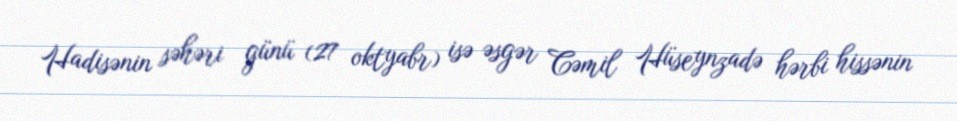
Hadisənin səhəri günü (27 oktyabr) isə əsgər Cəmil Hüseynzadə hərbi hissənin